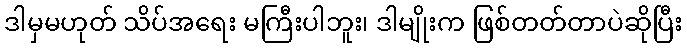
ဒါမှမဟုတ် သိပ်အရေး မကြီးပါဘူး၊ ဒါမျိုးက ဖြစ်တတ်တာပဲဆိုပြီး